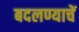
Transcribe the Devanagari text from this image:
बदलण्याचें